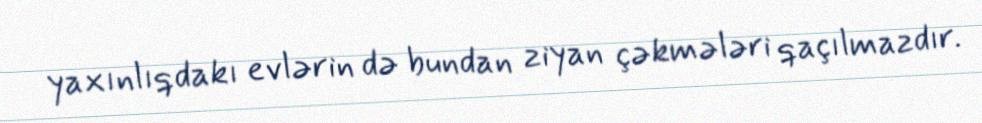
yaxınlıqdakı evlərin də bundan ziyan çəkmələri qaçılmazdır.